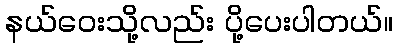
နယ်ဝေးသို့လည်း ပို့ပေးပါတယ်။